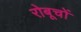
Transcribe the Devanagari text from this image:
रोबूचों